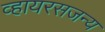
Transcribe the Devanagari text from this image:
व्हायरसजन्य